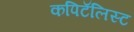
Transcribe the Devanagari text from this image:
कपिटॅलिस्ट